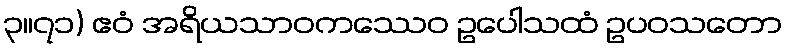
၃။၇၁) ဧဝံ အရိယသာဝကဿေဝ ဥပေါသထံ ဥပဝသတော